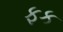
ફક